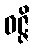
ဝဇ္ဇိ